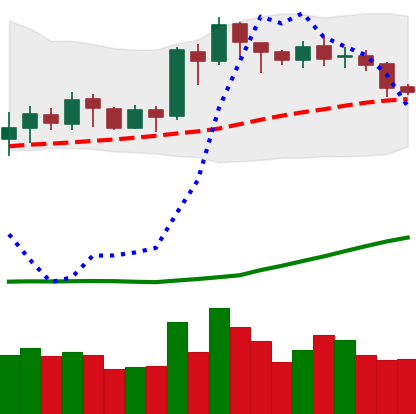
Ticker: ETH-USD
Chart end date: 2020-07-17
Forward return: 12.638%
Label: up_7plus